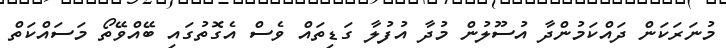
މުނަރަކަން ދައްކަމުންދާ އުސޫލުން މުދާ އުފުލާ ގަޑިތައް ވެސް އެގޮތުގައި ބޭއްވޭތޯ މަސައްކަތް